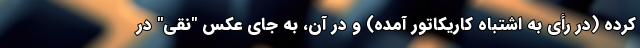
کرده (در رأی به اشتباه کاریکاتور آمده) و در آن، به جای عکس "نقی" در